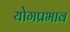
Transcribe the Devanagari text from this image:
योगप्रभाव